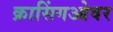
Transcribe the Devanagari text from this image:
क्रासिंगओवर